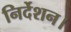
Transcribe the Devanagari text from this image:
निर्देशन।